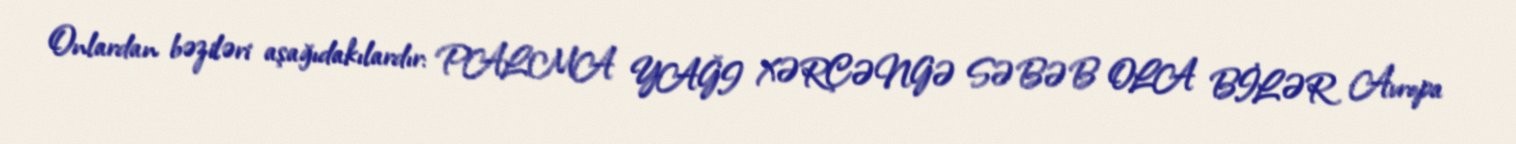
Onlardan bəziləri aşağıdakılardır: PALMA YAĞI XƏRÇƏNGƏ SƏBƏB OLA BİLƏR Avropa